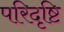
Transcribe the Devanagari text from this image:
परिदृष्टि